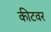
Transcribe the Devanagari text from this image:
कीटवर